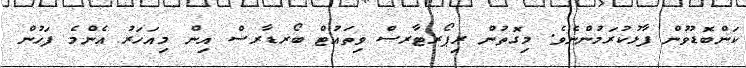
ކަންބޮޑުވުން ފާޅުކުރަމުންނެވެ. މިގޮތުން ރިޕޯރޓާރސް ވިތައުޓް ބޯރޑާރސް އިން މިއަހަރު އެންމެ ފަހުން